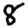
Digit: 8